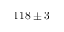
1 1 8 \pm 3